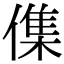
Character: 𠍱